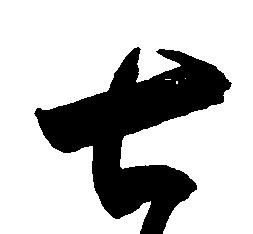
七